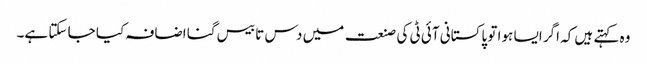
وہ کہتے ہیں کہ اگر ایسا ہوا تو پاکستانی آئی ٹی کی صنعت میں دس تا بیس گنا اضافہ کیا جا سکتا ہے۔